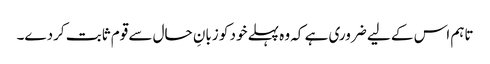
تاہم اس کے لیے ضروری ہے کہ وہ پہلے خود کو زبانِ حال سے قوم ثابت کردے۔